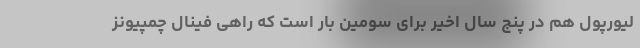
لیورپول هم در پنج سال اخیر برای سومین بار است که راهی فینال چمپیونز